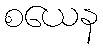
စယေန